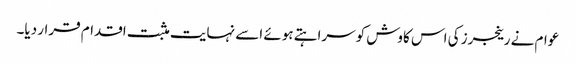
عوام نے رینجرز کی اس کاوش کوسراہتے ہوئے اسے نہایت مثبت اقدام قرار دیا۔